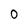
Character: o